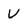
Character: V